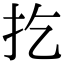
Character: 扢